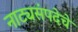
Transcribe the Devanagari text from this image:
नाट्यसंपदेचे